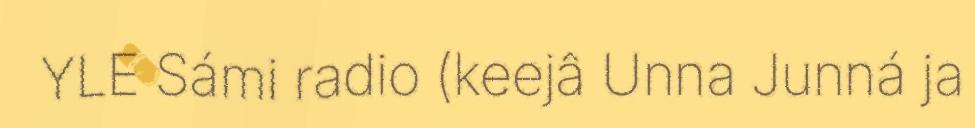
YLE Sámi radio (keejâ Unna Junná ja